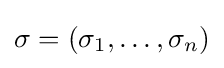
\sigma =(\sigma _{1},\ldots ,\sigma _{n})